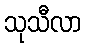
သုသီလာ